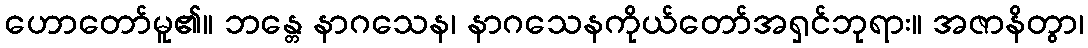
ဟောတော်မူ၏။ ဘန္တေ နာဂသေန၊ နာဂသေနကိုယ်တော်အရှင်ဘုရား။ အဇာနိတွာ၊